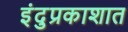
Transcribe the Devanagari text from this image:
इंदुप्रकाशात